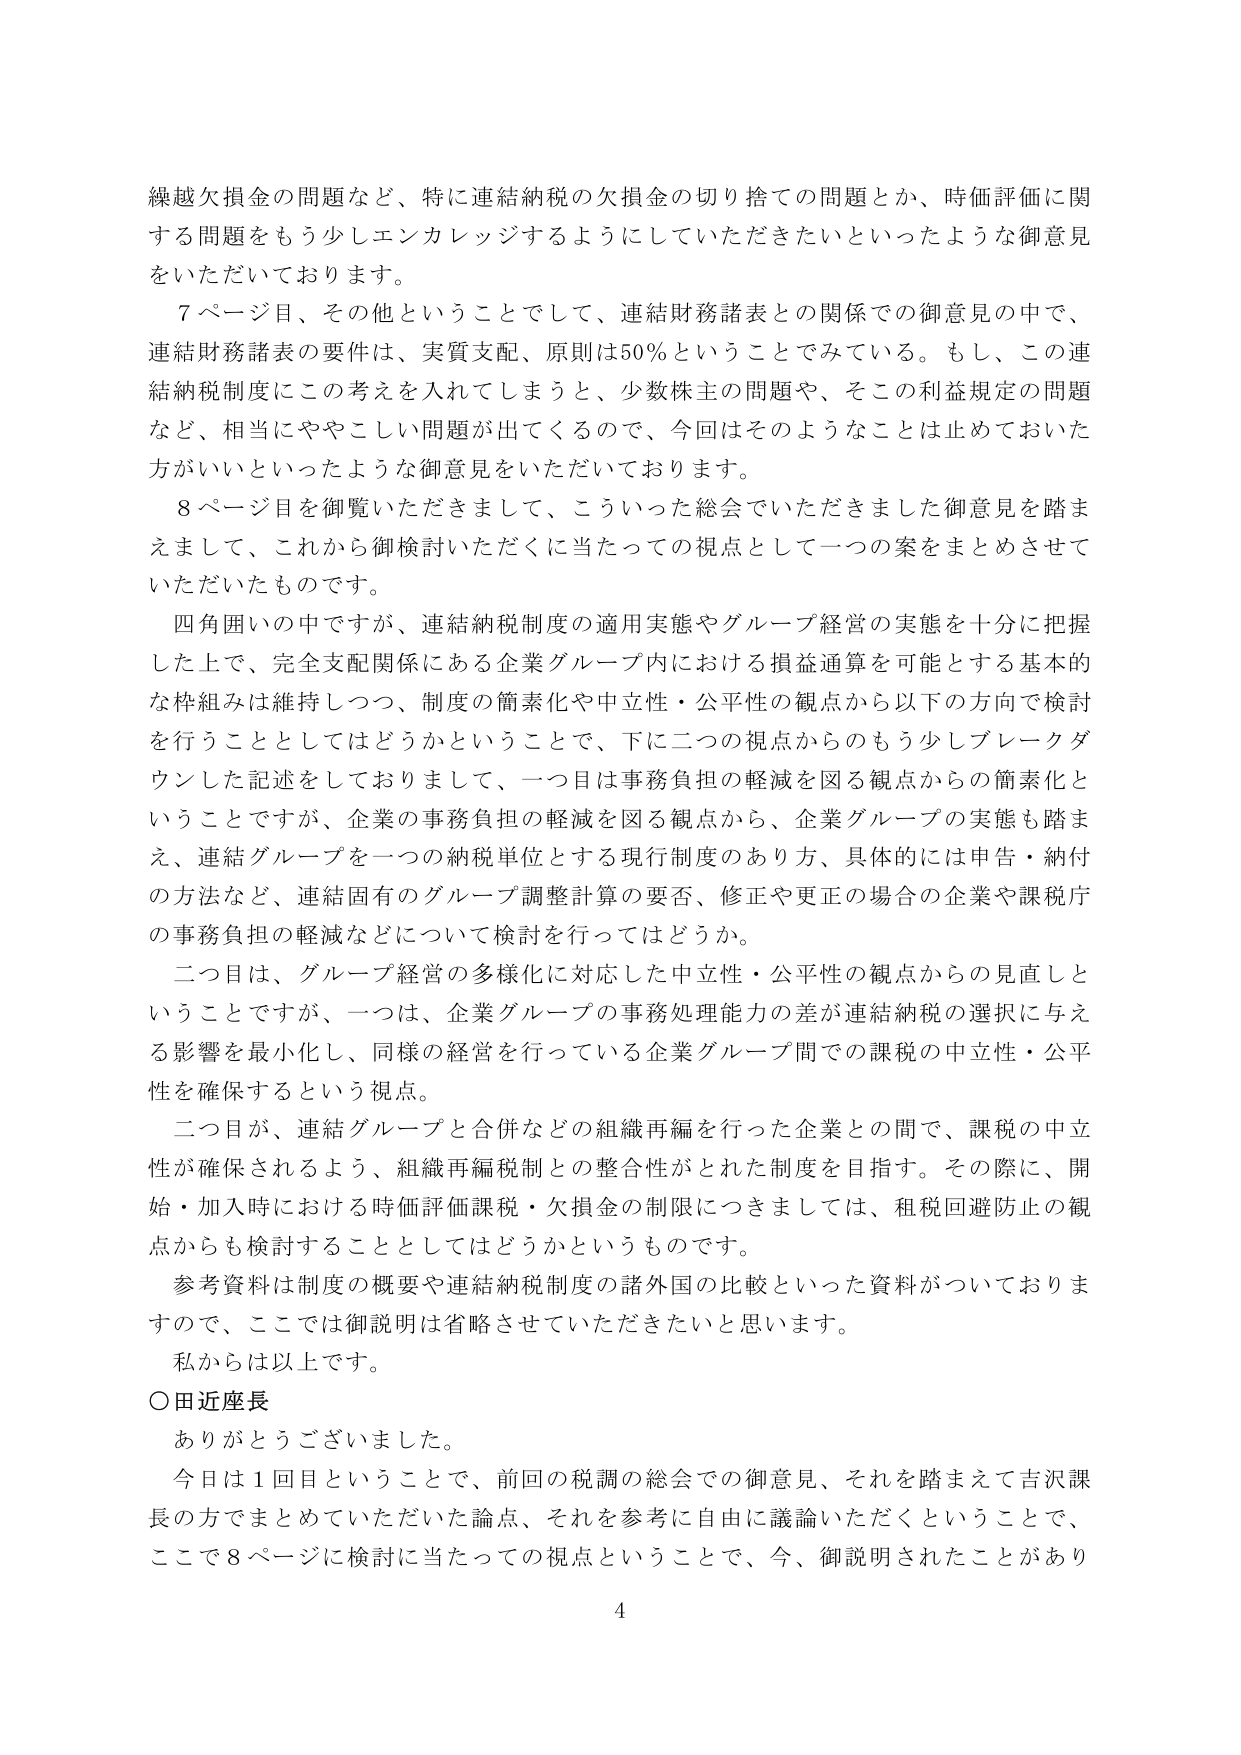
繰越欠損金の問題など、特に連結納税の欠損金の切り捨ての問題とか、時価評価に関する問題をもう少しエンカレッジするようにしていただきたいといったような御意見をいただいております。

７ページ目、その他ということでして、連結財務諸表との関係での御意見の中で、連結財務諸表の要件は、実質支配、原則は50％ということでみている。もし、この連結納税制度にこの考えを入れてしまうと、少数株主の問題や、そこの利益規定の問題など、相当にややこしい問題が出てくるので、今回はそのようなことは止めておいた方がいいといったような御意見をいただいております。

８ページ目を御覧いただきまして、こういった総会でいただきました御意見を踏まえまして、これから御検討いただくに当たっての視点として一つの案をまとめさせていただいたものです。

四角囲いの中ですが、連結納税制度の適用実態やグループ経営の実態を十分に把握した上で、完全支配関係にある企業グループ内における損益通算を可能とする基本的な枠組みは維持しつつ、制度の簡素化や中立性・公平性の観点から以下の方針で検討を行うこととしてはどうかということで、下に二つの視点からのもう少しブレーカダウンした記述をしておりまして、一つ目は事務負担の軽減を図る観点からの簡素化ということですが、企業の事務負担の軽減を図る観点から、企業グループの実態も踏まえ、連結グループを一つの納税単位とする現行制度のあり方、具体的には申告・納付の方法など、連結固有のグループ調整計算の要否、修正や更正の場合の企業や課税庁の事務負担の軽減などについて検討を行ってはどうか。

二つ目は、グループ経営の多様化に対応した中立性・公平性の観点からの見直しということですが、一つは、企業グループの事務処理能力の差が連結納税の選択に与える影響を最小化し、同様の経営を行っている企業グループ間での課税の中立性・公平性を確保するという視点。

二つ目が、連結グループと合併などの組織再編を行った企業との間で、課税の中立性が確保されるよう、組織再編税制との整合性がとれた制度を目指す。その際に、開始・加入時における時価評価課税・欠損金の制限につきましては、租税回避防止の観点からも検討することとしてはどうかというものです。

参考資料は制度の概要や連結納税制度の諸外国の比較といった資料がついておりますので、ここでは御説明は省略させていただきたいと思います。

私からは以上です。

○田近座長

ありがとうございました。

今日は１回目ということで、前回の税調の総会での御意見、それを踏まえて吉沢課長の方でまとめていただいた論点、それを参考に自由に議論いただくということで、ここで８ページに検討に当たっての視点ということで、今、御説明されたことがあり

4